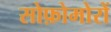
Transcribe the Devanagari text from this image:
सोफ़ोमोरों